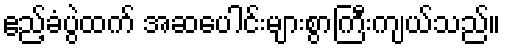
ဧည့်ခံပွဲထက် အဆပေါင်းများစွာကြီးကျယ်သည်။